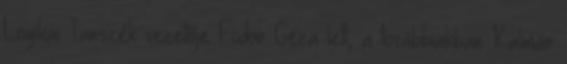
Logikai Tanszék vezetője Fodor Géza lett, a továbbiakban Kalmár